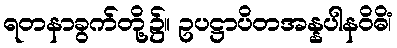
ရတနာခွက်တို့၌။ ဥပဋ္ဌာပိတအန္နပါနဝိဓိံ၊